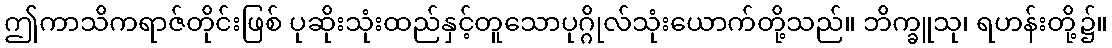
ဤကာသိကရာဇ်တိုင်းဖြစ် ပုဆိုးသုံးထည်နှင့်တူသောပုဂ္ဂိုလ်သုံးယောက်တို့သည်။ ဘိက္ခူသု၊ ရဟန်းတို့၌။